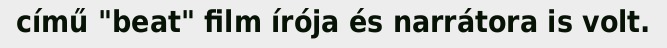
című "beat" film írója és narrátora is volt.